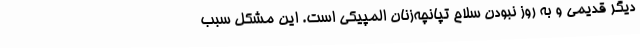
دیگر قدیمی و به روز نبودن سلاح تپانچه‌زنان المپیکی است. این مشکل سبب